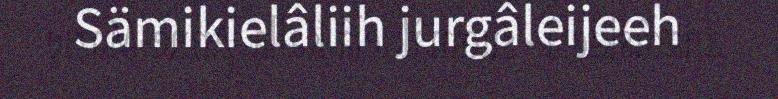
Sämikielâliih jurgâleijeeh